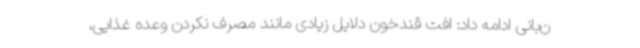
ن‌بانی ادامه داد: افت قندخون دلایل زیادی مانند مصرف نکردن وعده غذایی،